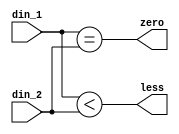
module data_compare(
	din_1,
	din_2,
	zero,
	less
);
input	[31:0]		din_1;
input	[31:0]		din_2;
output				zero;
output				less;

wire	[31:0]		din_1;
wire	[31:0]		din_2;
wire				zero;
wire				less;


/*
wire	d8g_1;
wire	d8g_2;
wire	d8g_3;
wire	d8g_4;


wire	d8l_1;
wire	d8l_2;
wire	d8l_3;
wire	d8l_4;

wire [3:0] d8g;
wire [3:0] d8l;

assign d8g_1 = din_1[7:0] > din_2[7:0];
assign d8g_2 = din_1[15:8] > din_2[15:8];
assign d8g_3 = din_1[23:16] > din_2[23:16];
assign d8g_4 = din_1[31:24] > din_2[31:24];
assign d8l_1 = din_1[7:0] < din_2[7:0];
assign d8l_2 = din_1[15:8] < din_2[15:8];
assign d8l_3 = din_1[23:16] < din_2[23:16];
assign d8l_4 = din_1[31:24] < din_2[31:24];

assign d8g = {d8g_4, d8g_3, d8g_2, d8g_1};
assign d8l = {d8l_4, d8l_3, d8l_2, d8l_1};
assign zero = d8g == d8l;
assign less = d8g < d8l;
*/
assign zero	=	din_1 == din_2;
assign less	=	din_1 < din_2;



endmodule